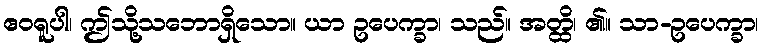
ဧဝရူပါ၊ ဤသို့သဘောရှိသော။ ယာ ဥပေက္ခာ၊ သည်။ အတ္ထိ၊ ၏။ သာ-ဥပေက္ခာ၊